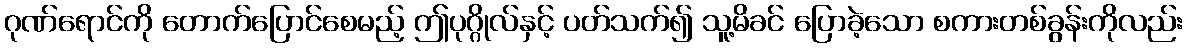
ဂုဏ်ရောင်ကို တောက်ပြောင်စေမည့် ဤပုဂ္ဂိုလ်နှင့် ပတ်သက်၍ သူ့မိခင် ပြောခဲ့သော စကားတစ်ခွန်းကိုလည်း